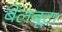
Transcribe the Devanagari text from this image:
बेलबूटा